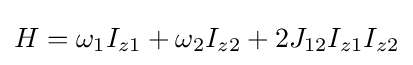
H=\omega _{1}I_{z1}+\omega _{2}I_{z2}+2J_{12}I_{z1}I_{z2}